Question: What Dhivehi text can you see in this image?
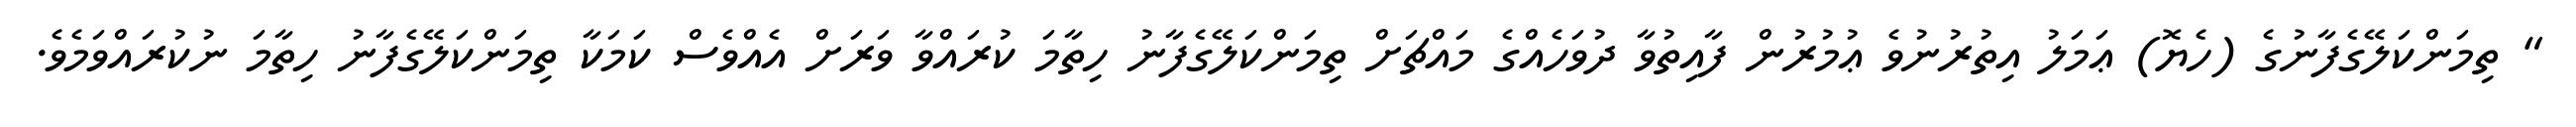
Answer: " ތިމަންކަލޭގެފާނުގެ (ހެޔޮ) ޢަމަލު އިތުރުނުވެ ޢުމުރުން ފާއިތުވާ ދުވަހެއްގެ މައްޗަށް ތިމަންކަލޭގެފާނު ހިތާމަ ކުރައްވާ ވަރަށް އެއްވެސް ކަމަކާ ތިމަންކަލޭގެފާނު ހިތާމަ ނުކުރައްވަމެވެ.